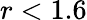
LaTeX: r<1.6